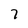
Character: 7